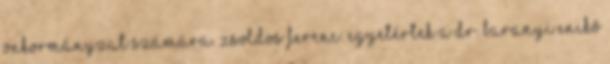
önkormányzat számára. Zsoldos Ferenc: Egyetértek a Dr. Baranyi Enikő